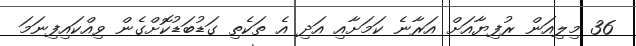
36 މިލިއަން ރުފިޔާއަށް އަރާނެ ކަމަށާއި އަދި އެ ތަކެތި ގަޑުބަޑުކޮށްގެން ވިއްކައިފިނަމަ